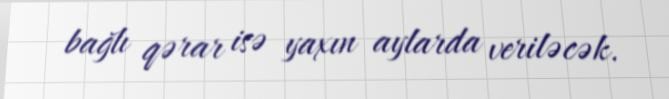
bağlı qərar isə yaxın aylarda veriləcək.